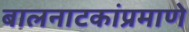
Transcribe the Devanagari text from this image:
बालनाटकांप्रमाणे